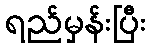
ရည်မှန်းပြီး